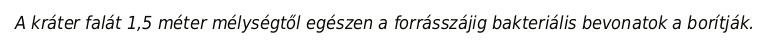
A kráter falát 1,5 méter mélységtől egészen a forrásszájig bakteriális bevonatok a borítják.